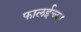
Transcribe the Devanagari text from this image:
फालईच्या